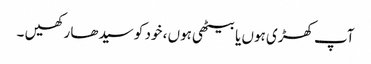
آپ کھڑی ہوں یا بیٹھی ہوں ، خود کو سیدھا رکھیں ۔